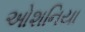
ઓશનિયા